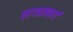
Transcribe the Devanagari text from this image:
लग्जमबर्ग